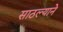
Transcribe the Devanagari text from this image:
साठल्याने